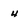
Character: 4